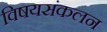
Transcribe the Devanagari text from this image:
विषयसंकलन